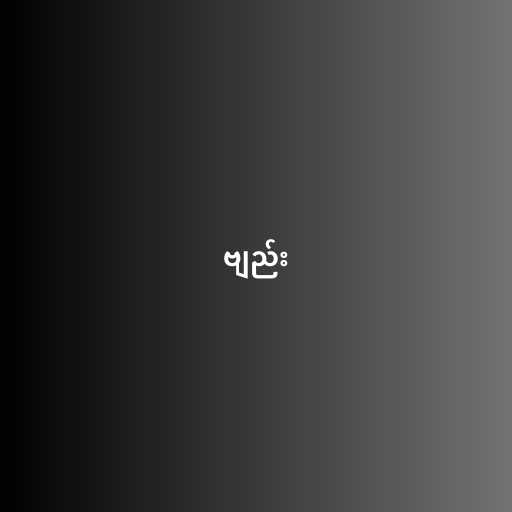
ဗျည်း